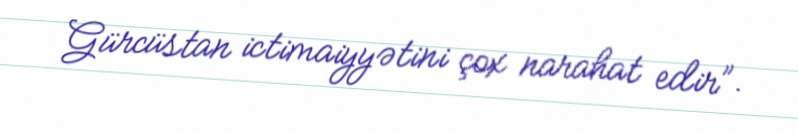
Gürcüstan ictimaiyyətini çox narahat edir”.